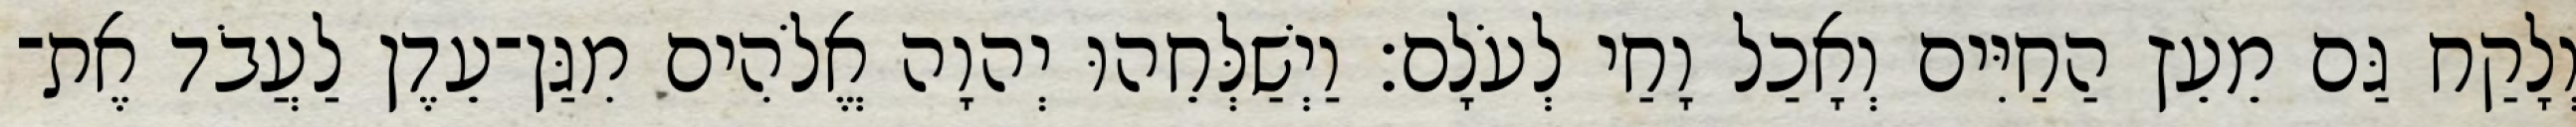
וְלָקַח גַּם מֵעֵץ הַחַיִּים וְאָכַל וָחַי לְעֹלָם׃ וַיְשַׁלְּחֵהוּ יְהוָה אֱלֹהִים מִגַּן־עֵדֶן לַעֲבֹד אֶת־